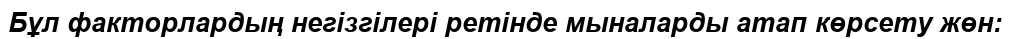
Бұл факторлардың негізгілері ретінде мыналарды атап көрсету жөн: